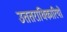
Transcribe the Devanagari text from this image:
उततराधिकारियों